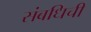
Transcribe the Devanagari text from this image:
संबधिची